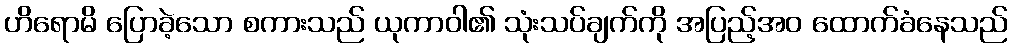
ဟိရောမိ ပြောခဲ့သော စကားသည် ယုကာဝါ၏ သုံးသပ်ချက်ကို အပြည့်အဝ ထောက်ခံနေသည်